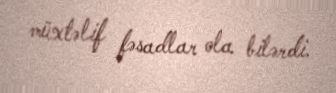
müxtəlif fəsadlar ola bilərdi.